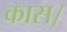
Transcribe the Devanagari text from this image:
कास।